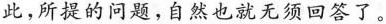
此，所提的问题，自然也就无须回答了。